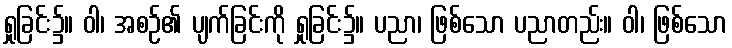
ရှုခြင်း၌။ ဝါ၊ အစဉ်၏ ပျက်ခြင်းကို ရှုခြင်း၌။ ပညာ၊ ဖြစ်သော ပညာတည်း။ ဝါ၊ ဖြစ်သော